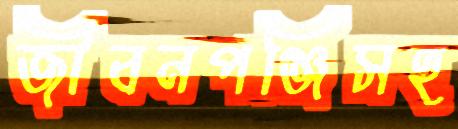
জীবনপঞ্জিসহ